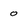
Character: 0